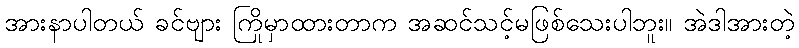
အားနာပါတယ် ခင်ဗျား ကြိုမှာထားတာက အဆင်သင့်မဖြစ်သေးပါဘူး။ အဲဒါအားတဲ့